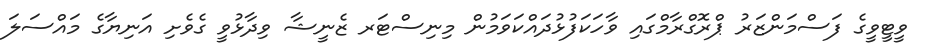
ވީޓީވީގެ ފަސްމަންޒަރު ޕްރޮގްރާމްގައި ވާހަކަފުޅުދައްކަވަމުން މިނިސްޓަރ ޒެނީޝާ ވިދާޅުވީ ގެވެށި އަނިޔާގެ މައްސަލަ